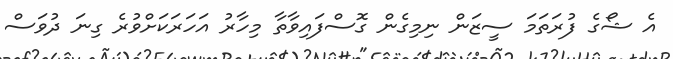
އެ ޝޯގެ ފުރަތަމަ ސީޒަން ނިމިގެން ގޮސްފައިވާތާ މިހާރު އަހަރަކަށްވުރެ ގިނަ ދުވަސް